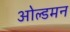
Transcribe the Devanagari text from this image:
ओल्डमन